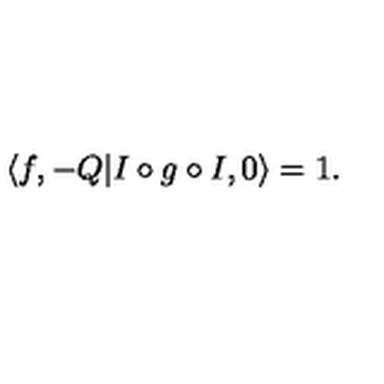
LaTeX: \langle f , - Q | I \circ g \circ I , 0 \rangle = 1 .